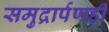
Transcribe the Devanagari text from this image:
समुद्रार्पणही